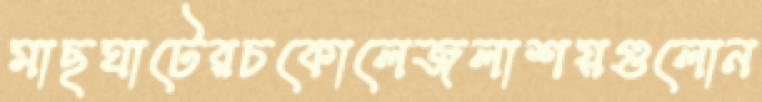
মাছঘাটেরচকোলেজলাশয়গুলোন